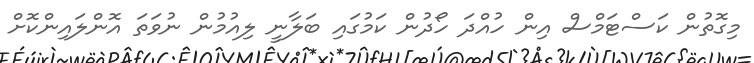
މިގޮތުން ކަސްޓަމްސް އިން ހުއްދަ ހޯދުން ކަމުގައި ބަލާނީ ލިއުމުން ނުވަތަ އޮންލައިންކޮށް